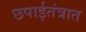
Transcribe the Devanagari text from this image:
छपाईतंत्रात